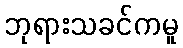
ဘုရားသခင်ကမူ